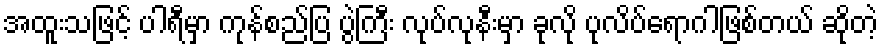
အထူးသဖြင့် ပါရီမှာ ကုန်စည်ပြ ပွဲကြီး လုပ်လုနီးမှာ ခုလို ပုလိပ်ရောဂါဖြစ်တယ် ဆိုတဲ့